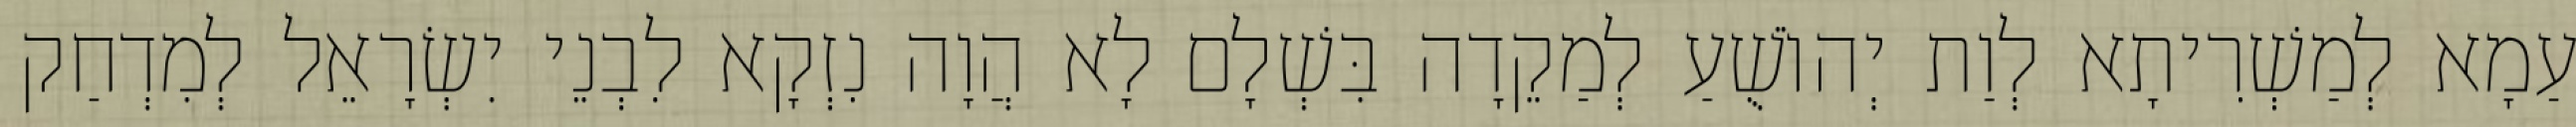
עַמָא לְמַשְׁרִיתָא לְוַת יְהוֹשֻׁעַ לְמַקֵדָה בִּשְׁלָם לָא הֲוָה נִזְקָא לִבְנֵי יִשְׂרָאֵל לְמִדְחַק